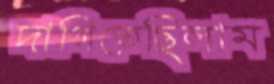
দাগিতেছিলাম